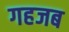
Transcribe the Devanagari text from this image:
गहजब